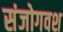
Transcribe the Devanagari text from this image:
संजोगवश